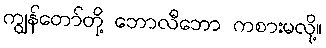
ကျွန်တော်တို့ ဘောလီဘော ကစားမလို့။